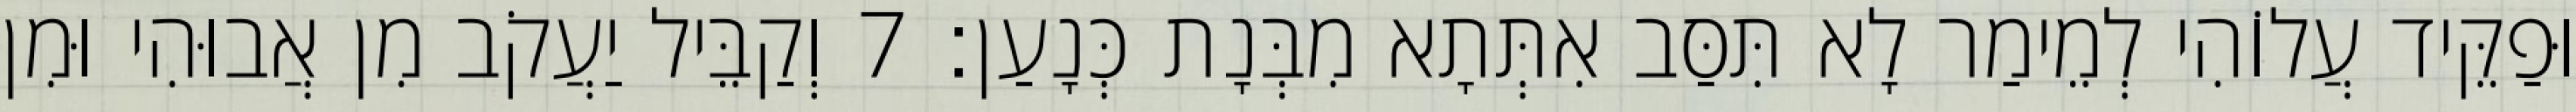
וּפַקֵּיד עֲלוֹהִי לְמֵימַר לָא תִּסַּב אִתְּתָא מִבְּנָת כְּנָעַן׃ 7 וְקַבֵּיל יַעֲקֹב מִן אֲבוּהִי וּמִן